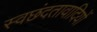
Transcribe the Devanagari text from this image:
स्वछंदतावादियों